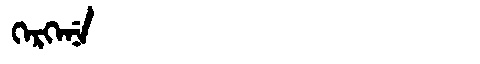
Manchu: ᡴᡝᡵᡴᡝᠨᡝ
Romanization: KERKENE